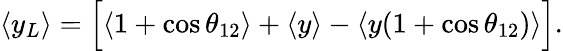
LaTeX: \langle y_{L}\rangle=\Big[\langle 1+\cos\theta_{12}\rangle+\langle y\rangle-\langle y(1+\cos\theta_{12})\rangle\Big].